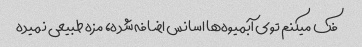
فک میکنم توی آبمیوه‌ها اسانس اضافه شده، مزه طبیعی نمیده